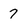
Character: 7